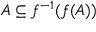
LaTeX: A \subseteq f ^ { - 1 } ( f ( A ) )